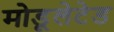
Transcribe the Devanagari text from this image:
मोडूलेटेड